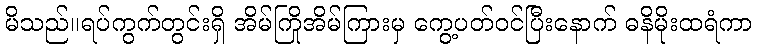
မိသည်။ရပ်ကွက်တွင်းရှိ အိမ်ကြိုအိမ်ကြားမှ ကွေ့ပတ်ဝင်ပြီးနောက် ဓနိမိုးထရံကာ